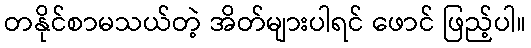
တနိုင်စာမသယ်တဲ့ အိတ်များပါရင် ဖောင် ဖြည့်ပါ။